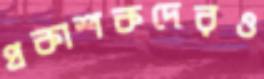
প্রকাশকদেরও